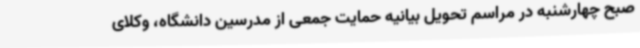
صبح چهارشنبه در مراسم تحویل بیانیه حمایت جمعی از مدرسین دانشگاه، وکلای